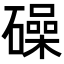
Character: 𥖨